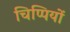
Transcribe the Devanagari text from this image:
चिप्पियों